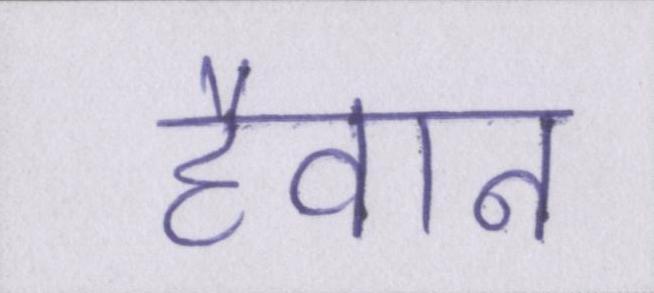
हैवान